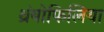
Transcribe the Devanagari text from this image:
थ्रंबोफिलिया